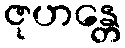
ဇုဟန္တေ